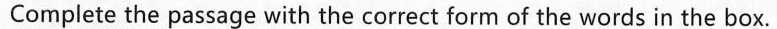
9 Complete the passage with the correct form of the words in the box.